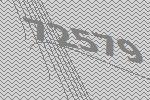
72579